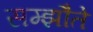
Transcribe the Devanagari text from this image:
सम्झौते